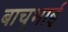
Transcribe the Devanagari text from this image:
बाचूभाई